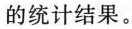
的统计结果。